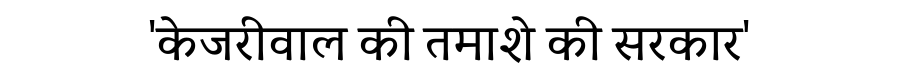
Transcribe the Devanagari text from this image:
'केजरीवाल की तमाशे की सरकार'